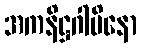
အကနိဋ္ဌဂါမိနော